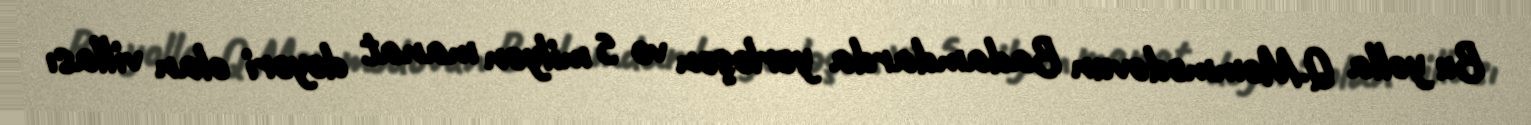
Bu yolla Q.Məmmədovun Badamdarda yerləşən və 5 milyon manat dəyəri olan villası